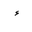
Letter: _hamza